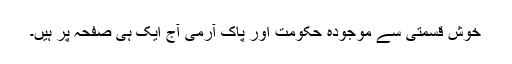
خوش قسمتی سے موجودہ حکومت اور پاک آرمی آج ایک ہی صفحہ پر ہیں۔